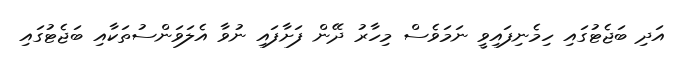
އަދި ބަޖެޓުގައި ހިމެނިފައިވީ ނަމަވެސް މިހާރު ދޭން ފަށާފައި ނުވާ އެލަވަންސުތަކާއި ބަޖެޓުގައި